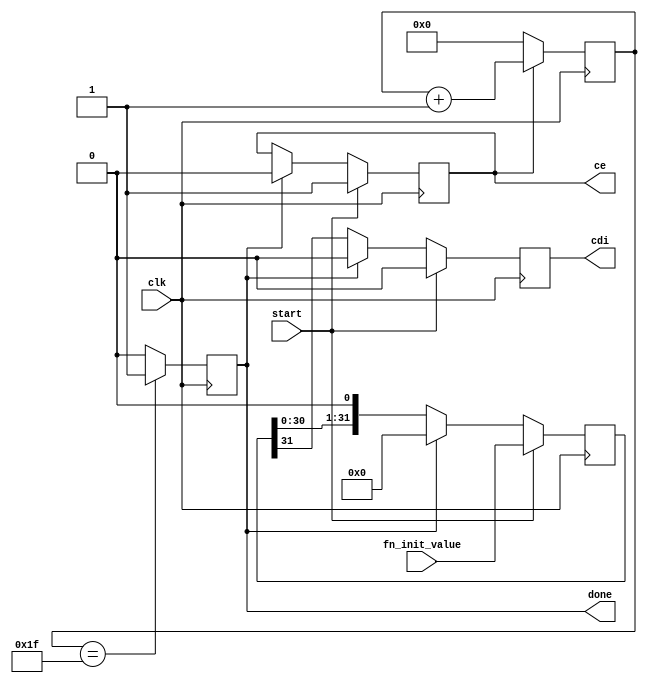
module boolean_fsm(
    input clk,
    input start,
    input [(2**COUNTER_WIDTH)-1:0] fn_init_value,
    output reg cdi,
    output reg ce,
    output reg done
    );
    parameter COUNTER_WIDTH = 5;
    reg [(2**COUNTER_WIDTH)-1:0] fn_init_value_i;
    reg [COUNTER_WIDTH-1:0] cnt = {COUNTER_WIDTH{1'b0}};
    wire done_i;
    assign done_i = (cnt == (2**COUNTER_WIDTH-1)) ? 1'b1 : 1'b0;
    always @(posedge clk)
        done <= done_i;
    always @(posedge clk)
    begin
        if(start)
        begin
            ce <= 1'b1;
            cdi <= 1'b0;
            fn_init_value_i <= fn_init_value;
        end
        else if (done)
        begin
            ce <= 1'b0;
            cdi <= 1'b0;
            fn_init_value_i <= 32'b0;
        end
        else
        begin
            ce <= ce;
            cdi <= fn_init_value_i[31];
            fn_init_value_i = {fn_init_value_i[30:0], 1'b0};
        end
    end
   always @(posedge clk)
      if (!ce)
         cnt <= {COUNTER_WIDTH{1'b0}};
      else if (ce)
         cnt <= cnt + 1'b1;
endmodule